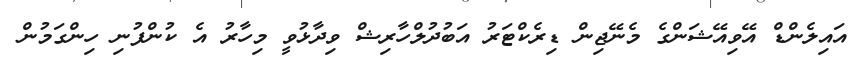
އައިލެންޑް އޭވިއޭޝަންގެ މެނޭޖިން ޑިރެކްޓަރު އަބުދުލްހާރިޝް ވިދާޅުވީ މިހާރު އެ ކުންފުނި ހިންގަމުން